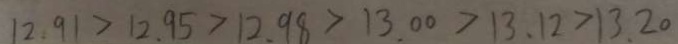
1 2 . 9 1 > 1 2 . 9 5 > 1 2 . 9 8 > 1 3 . 0 0 > 1 3 . 1 2 > 1 3 . 2 0